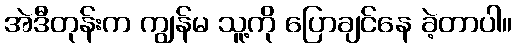
အဲဒီတုန်းက ကျွန်မ သူ့ကို ပြောချင်နေ ခဲ့တာပါ။